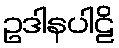
ဥဒါနပါဠိ